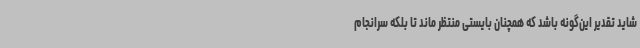
شاید تقدیر این‌گونه باشد که همچنان بایستی منتظر ماند تا بلکه سرانجام